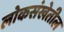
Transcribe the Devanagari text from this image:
लोकसंखेतील